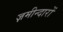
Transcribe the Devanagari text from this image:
ज़मीन्दारों